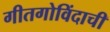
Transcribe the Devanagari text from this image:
गीतगोविंदाची